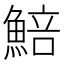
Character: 𩸬